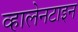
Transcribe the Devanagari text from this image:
व्हालेनटाइन